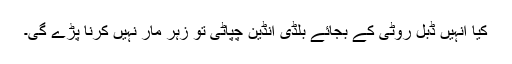
کیا انہیں ڈبل روٹی کے بجائے بلڈی انڈین چپاٹی تو زہر مار نہیں کرنا پڑے گی۔